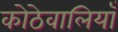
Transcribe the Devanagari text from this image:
कोठेवालियाँ